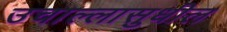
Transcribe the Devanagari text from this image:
उचाल्लासुधील